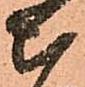
仰